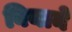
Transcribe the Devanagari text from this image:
बियाने